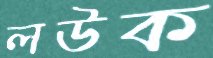
লউক